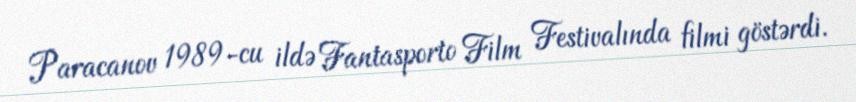
Paracanov 1989-cu ildə Fantasporto Film Festivalında filmi göstərdi.